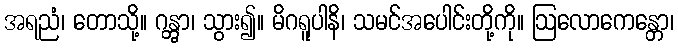
အရညံ၊ တောသို့။ ဂန္တွာ၊ သွား၍။ မိဂရူပါနိ၊ သမင်အပေါင်းတို့ကို။ ဩလောကေန္တော၊